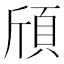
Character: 頎